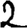
Digit: 2